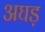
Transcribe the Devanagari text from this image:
अघड़